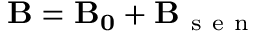
\mathbf { B } = \mathbf { B _ { 0 } } + \mathbf { B } _ { \mathrm { ~ s ~ e ~ n ~ } }